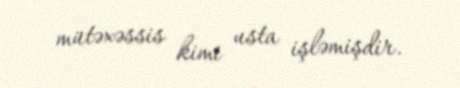
mütəxəssis kimi usta işləmişdir.